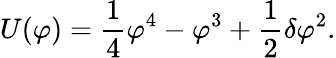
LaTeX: U(\varphi)={\frac{1}{4}}\varphi^{4}-\varphi^{3}+{\frac{1}{2}}\delta\varphi^{2}.